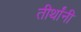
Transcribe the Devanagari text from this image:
तीर्थांनी